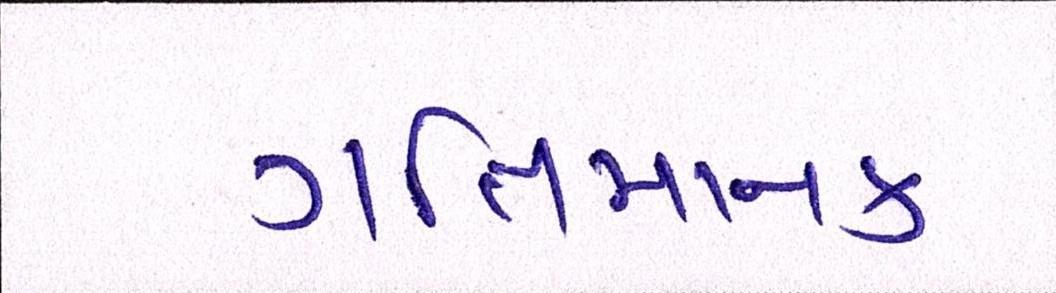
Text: ગતિમાનક